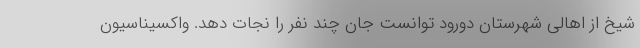
شیخ از اهالی شهرستان دورود توانست جان چند نفر را نجات دهد. واکسیناسیون